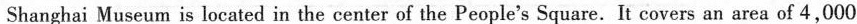
Shanghai Museum is located in the center of the People's Square. It covers an area of 4,000